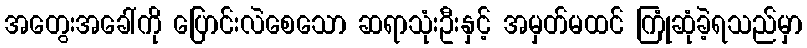
အတွေးအခေါ်ကို ပြောင်းလဲစေသော ဆရာသုံးဦးနှင့် အမှတ်မထင် ကြုံဆုံခဲ့ရသည်မှာ